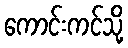
ကောင်းကင်သို့